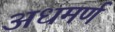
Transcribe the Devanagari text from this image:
अधमर्ण